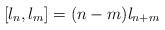
LaTeX: \begin{align*}[l_n,l_m]=(n-m)l_{n+m} \end{align*}